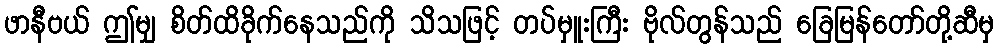
ဖာနီဗယ် ဤမျှ စိတ်ထိခိုက်နေသည်ကို သိသဖြင့် တပ်မှူးကြီး ဗိုလ်တွန်သည် ခြေမြန်တော်တို့ဆီမှ